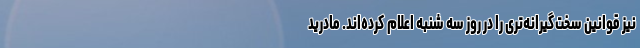
نیز قوانین سخت‌گیرانه‌تری را در روز سه شنبه اعلام کرده‌اند. مادرید